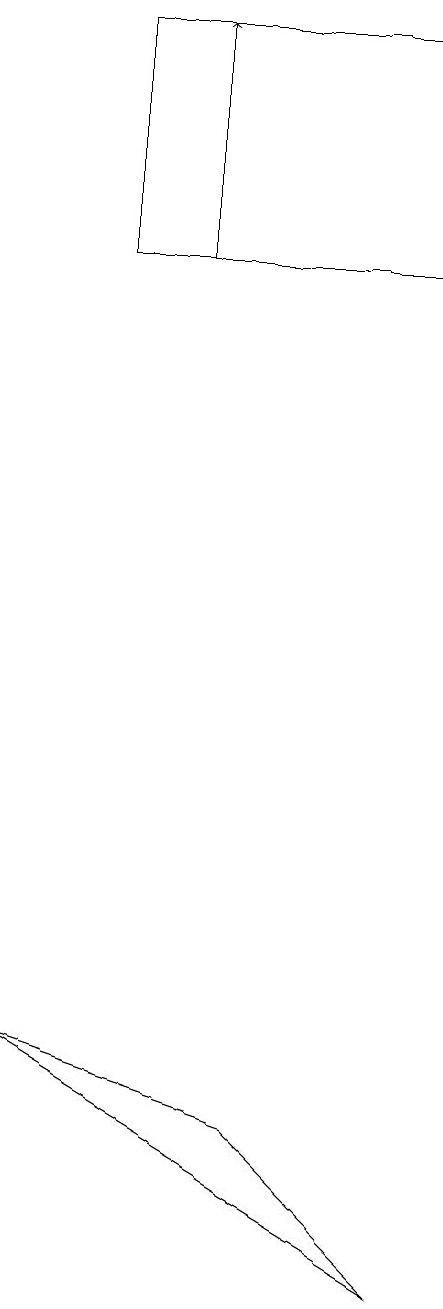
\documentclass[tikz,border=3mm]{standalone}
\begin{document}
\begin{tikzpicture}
\draw (3,18) rectangle (7,15);
\draw[->] (4,15) -- (4,18);
\draw (2,5) -- (5,4) -- (7,2) -- cycle;
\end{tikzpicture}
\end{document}